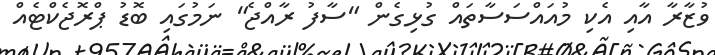
ވުޒާރާ އާއި އެކި މުއައްސަސާތައް ގުޅިގެން "ސާފު ރާއްޖެ" ނަމުގައި ބޮޑު ޕްރޮޖެކްޓެއް